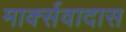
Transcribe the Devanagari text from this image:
मार्क्सवादास